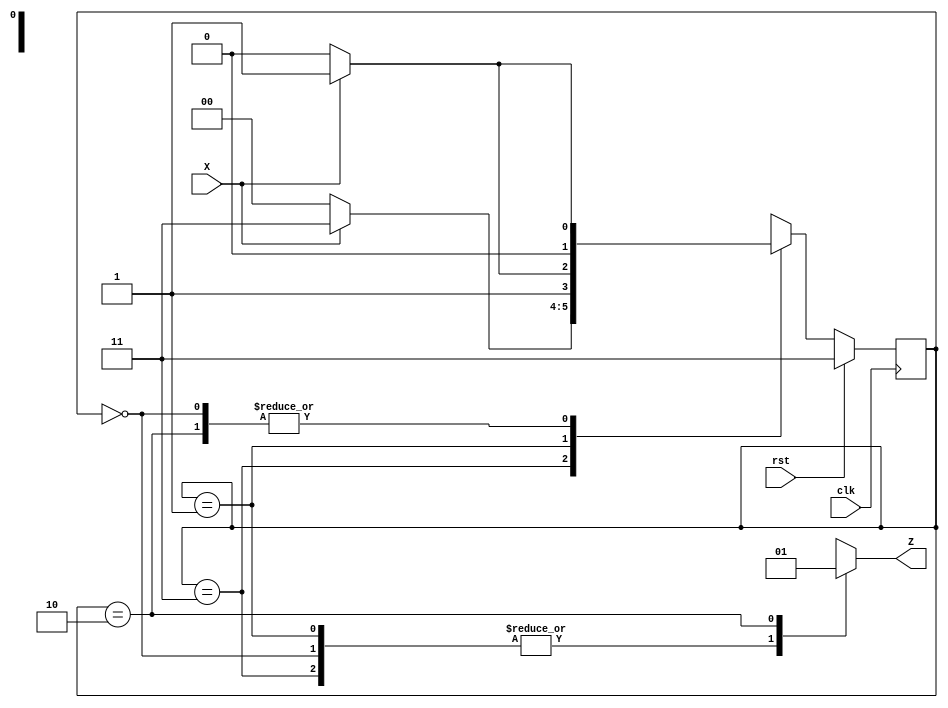
module fsm_moore(clk, rst, X, Z);
  input clk, X, rst;
  output Z;
  reg Z;
  parameter zero = 2'b00,
  one = 2'b01,
  two = 2'b10,
  reset = 2'b11;
  reg [1:0] current_state, next_state;
  
  always @(posedge clk) begin
    if (rst)
      current_state <= reset;
    else
      current_state <= next_state;
  end
  
  always @(X, current_state) begin
    case (current_state)
      reset: if (X == 0)
          next_state = zero;
        else 
          next_state = reset;
      zero: if (X == 1) 
          next_state = one;
          else
            next_state = zero;
      one: if (X == 0)
          next_state = two;
          else
            next_state = reset;
      two: if (X == 1)
            next_state = one;
          else
            next_state = zero;
      default: next_state = reset;
      endcase
  end
  
  always @(current_state) begin
      case (current_state)
        reset: Z = 0;
        zero: Z = 0;
        one: Z = 0;
        two: Z = 1;
        endcase
    end
endmodule